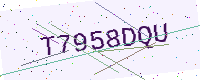
Text: T7958DQU